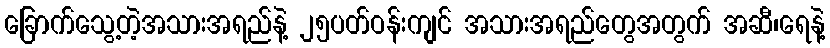
ခြောက်သွေ့တဲ့အသားအရည်နဲ့ ၂၅ပတ်ဝန်းကျင် အသားအရည်တွေအတွက် အဆီ၊ရေနဲ့